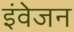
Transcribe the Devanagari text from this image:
इंवेजन